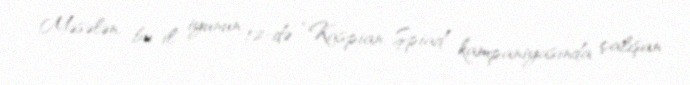
Məsələn, bu il iyunun 12-də “Kaspian Şpiad” kampaniyasında çalışan